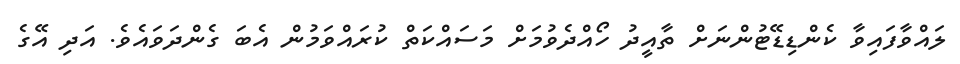
ލައްވާފައިވާ ކެންޑިޑޭޓުންނަށް ތާއީދު ހޯއްދެވުމަށް މަސައްކަތް ކުރައްވަމުން އެބަ ގެންދަވައެވެ. އަދި އޭގެ